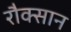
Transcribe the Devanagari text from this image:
रौक्सान